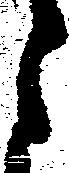
月